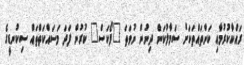
ރައްކާކުރުމާއި ކަންތައްތަކަށް ސަމާލުކަން ދިނުން ނުވަތަ "ފޯކަސް" ކުރުން ފަދަ މަސައްކަތްތައް ސިކުނޑީގެ